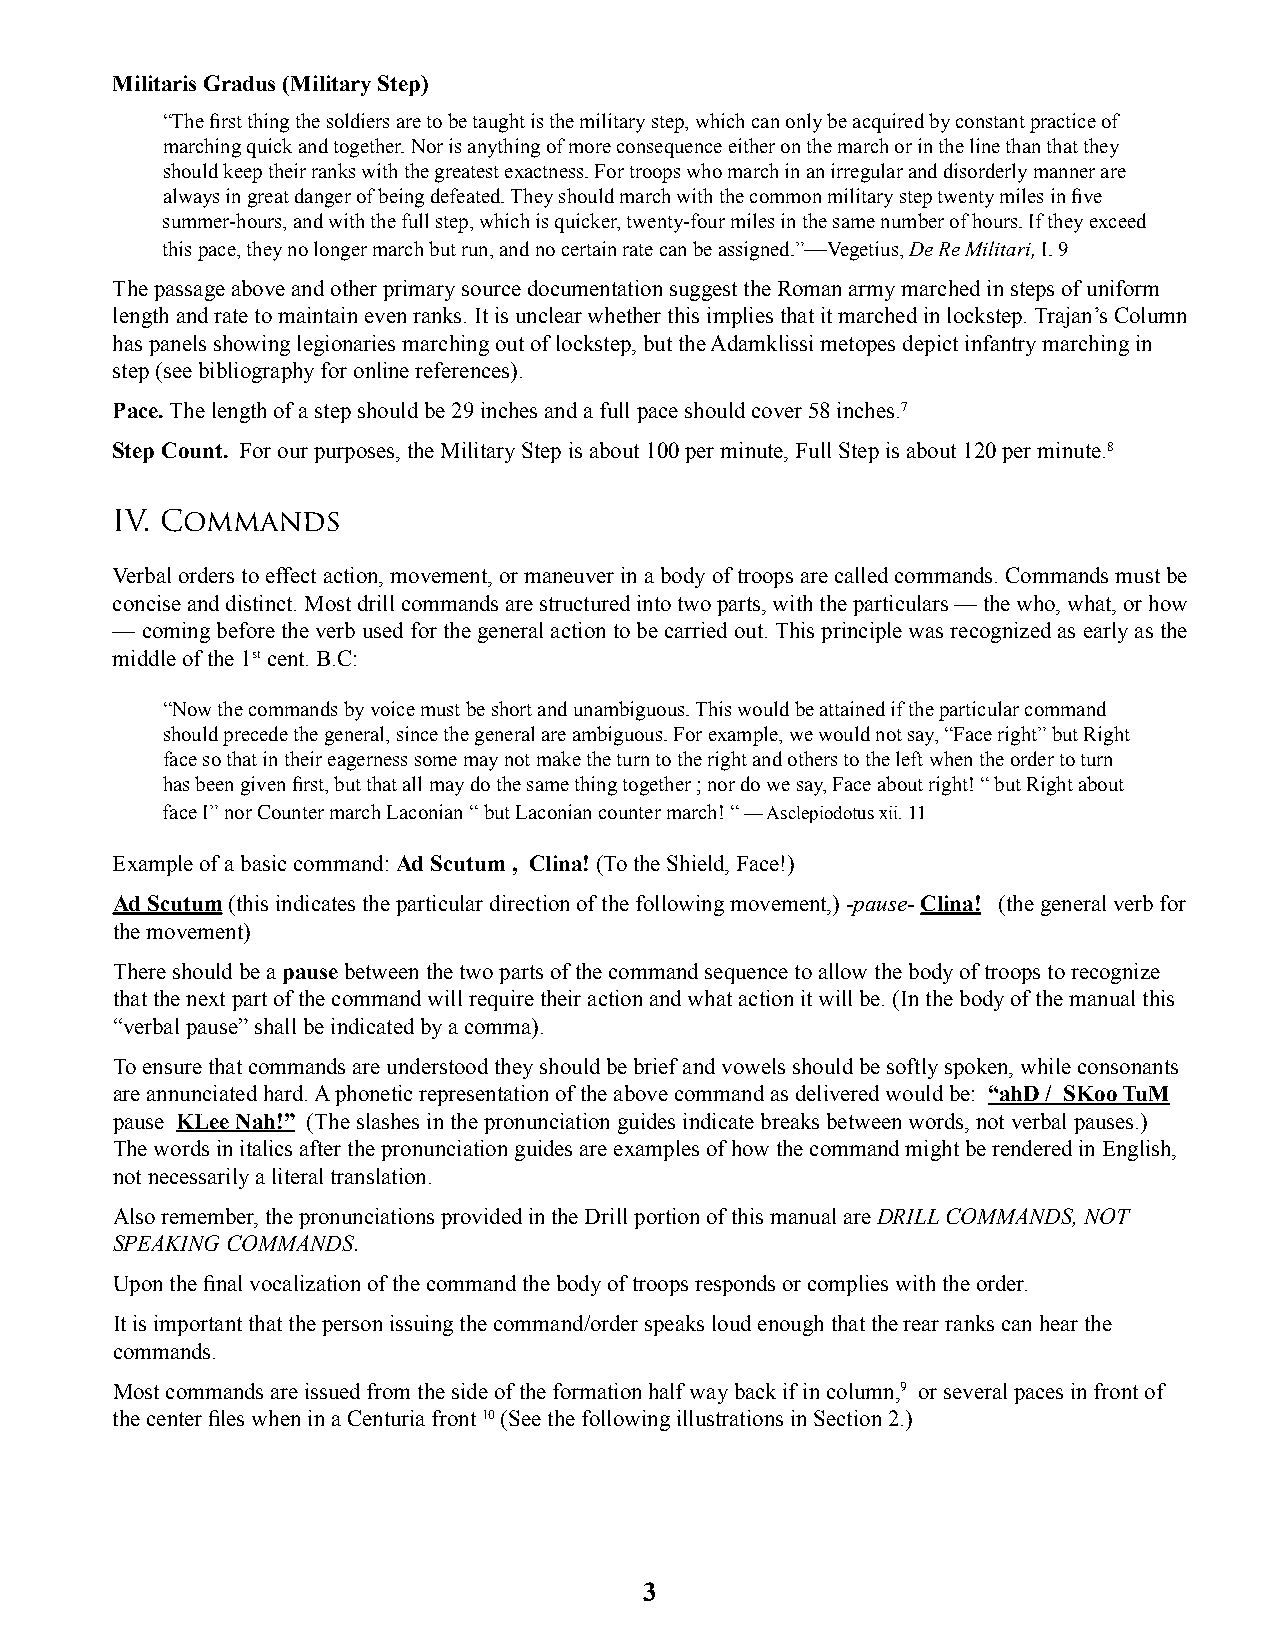
Militaris Gradus (Military Step)
 “The fi rst thing the soldiers are to be taught is the military step, which can only be acquired by constant practice of
 marching quick and together. Nor is anything of more consequence either on the march or in the line than that they
 should keep their ranks with the greatest exactness. For troops who march in an irregular and disorderly manner are
 always in great danger of being defeated. They should march with the common military step twenty miles in fi ve
 summer-hours, and with the full step, which is quicker, twenty-four miles in the same number of hours. If they exceed
 this pace, they no longer march but run, and no certain rate can be assigned.”—Vegetius, De Re Militari, I. 9
 The passage above and other primary source documentation suggest the Roman army marched in steps of uniform
 length and rate to maintain even ranks. It is unclear whether this implies that it marched in lockstep. Trajan’s Column
 has panels showing legionaries marching out of lockstep, but the Adamklissi metopes depict infantry marching in
 step (see bibliography for online references).
 Pace. The length of a step should be 29 inches and a full pace should cover 58 inches.7
 Step Count. For our purposes, the Military Step is about 100 per minute, Full Step is about 120 per minute.8
 IV. Commands
 Verbal orders to effect action, movement, or maneuver in a body of troops are called commands. Commands must be
 concise and distinct. Most drill commands are structured into two parts, with the particulars — the who, what, or how
 — coming before the verb used for the general action to be carried out. This principle was recognized as early as the
 middle of the 1st cent. B.C:
 “Now the commands by voice must be short and unambiguous. This would be attained if the particular command
 should precede the general, since the general are ambiguous. For example, we would not say, “Face right” but Right
 face so that in their eagerness some may not make the turn to the right and others to the left when the order to turn
 has been given fi rst, but that all may do the same thing together ; nor do we say, Face about right! “ but Right about
 face I” nor Counter march Laconian “ but Laconian counter march! “ — Asclepiodotus xii. 11
 Example of a basic command: Ad Scutum , Clina! (To the Shield, Face!)
 Ad Scutum (this indicates the particular direction of the following movement,) -pause- Clina! (the general verb for
 the movement)
 There should be a pause between the two parts of the command sequence to allow the body of troops to recognize
 that the next part of the command will require their action and what action it will be. (In the body of the manual this
 “verbal pause” shall be indicated by a comma).
 To ensure that commands are understood they should be brief and vowels should be softly spoken, while consonants
 are annunciated hard. A phonetic representation of the above command as delivered would be: “ahD / SKoo TuM
 pause KLee Nah!” (The slashes in the pronunciation guides indicate breaks between words, not verbal pauses.)
 The words in italics after the pronunciation guides are examples of how the command might be rendered in English,
 not necessarily a literal translation.
 Also remember, the pronunciations provided in the Drill portion of this manual are DRILL COMMANDS, NOT
 SPEAKING COMMANDS.
 Upon the fi nal vocalization of the command the body of troops responds or complies with the order.
 It is important that the person issuing the command/order speaks loud enough that the rear ranks can hear the
 commands.
 Most commands are issued from the side of the formation half way back if in column,9 or several paces in front of
 the center fi les when in a Centuria front 10 (See the following illustrations in Section 2.)
 3